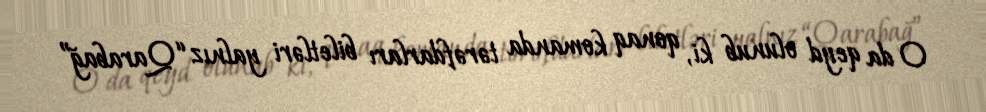
O da qeyd olunub ki, qonaq komanda tərəfdarları biletləri yalnız “Qarabağ”